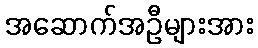
အဆောက်အဦများအား